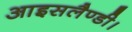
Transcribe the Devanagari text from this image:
आइसलैण्डी।